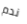
ندم